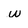
Character: w